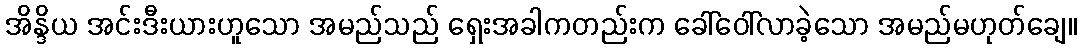
အိန္ဒိယ အင်းဒီးယားဟူသော အမည်သည် ရှေးအခါကတည်းက ခေါ်ဝေါ်လာခဲ့သော အမည်မဟုတ်ချေ။